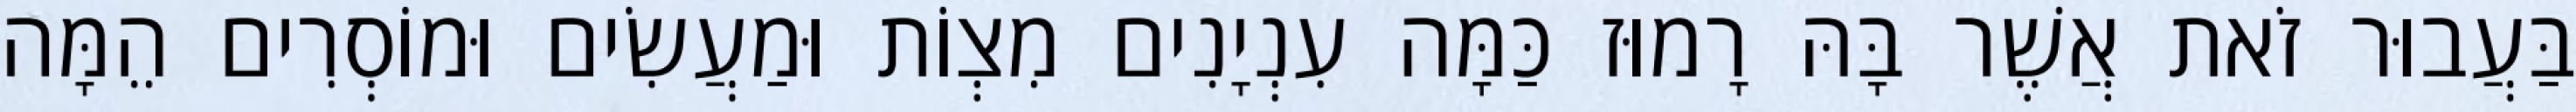
בַּעֲבוּר זֹאת אֲשֶׁר בָּהּ רָמוּז כַּמָּה עִנְיָנִים מִצְוֹת וּמַעֲשִׂים וּמוֹסְרִים הֵמָּה